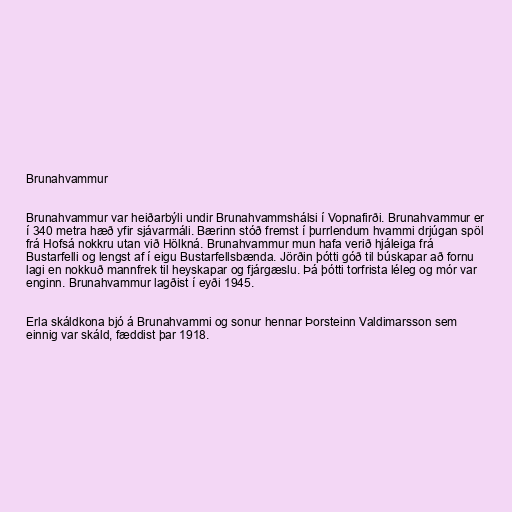
Brunahvammur

Brunahvammur var heiðarbýli undir Brunahvammshálsi í Vopnafirði. Brunahvammur er
í 340 metra hæð yfir sjávarmáli. Bærinn stóð fremst í þurrlendum hvammi drjúgan spöl
frá Hofsá nokkru utan við Hölkná. Brunahvammur mun hafa verið hjáleiga frá
Bustarfelli og lengst af í eigu Bustarfellsbænda. Jörðin þótti góð til búskapar að fornu
lagi en nokkuð mannfrek til heyskapar og fjárgæslu. Þá þótti torfrista léleg og mór var
enginn. Brunahvammur lagðist í eyði 1945.

Erla skáldkona bjó á Brunahvammi og sonur hennar Þorsteinn Valdimarsson sem
einnig var skáld, fæddist þar 1918.